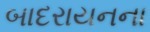
બાદરાયનના